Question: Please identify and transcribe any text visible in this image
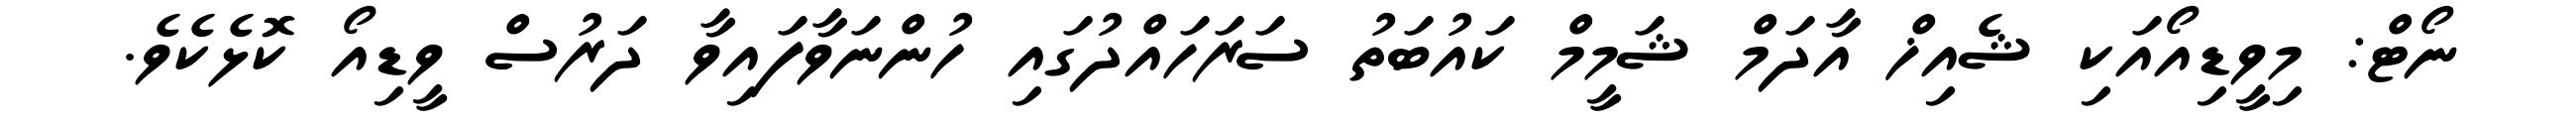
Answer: ނޯޓް: މިވީޑިއޯއަކި ޝެއިޚް އާދަމް ޝަމީމް ކައުބަތު ސަރަހައްދުގައި ހުންނަވާފައިވާ ދަރުސް ވީޑިއޯ ކޮޅެކެވެ.